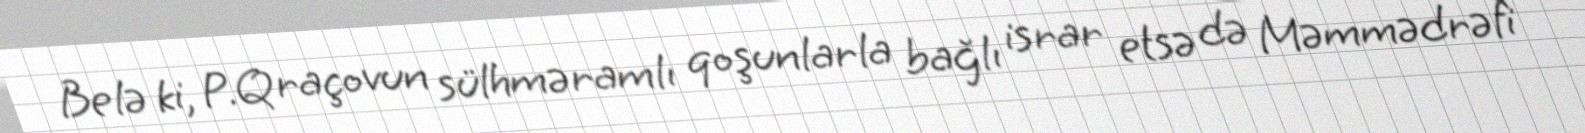
Belə ki, P.Qraçovun sülhməramlı qoşunlarla bağlı israr etsə də Məmmədrəfi